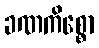
ခဏကိစ္စော